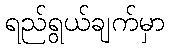
ရည်ရွယ်ချက်မှာ